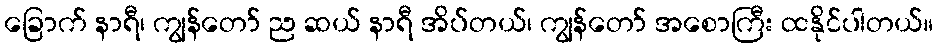
ခြောက် နာရီ၊ ကျွန်တော် ည ဆယ် နာရီ အိပ်တယ်၊ ကျွန်တော် အစောကြီး ထနိုင်ပါတယ်။